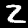
Digit: 2